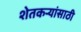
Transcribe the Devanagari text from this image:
शेतकर्‍यांसाठी